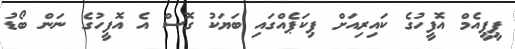
ޕީޕީއެމް އޮފީހުގެ ކައިރިއަށް ޕިކަޕެއްގައި ބަޔަކު ގޮސް އެ އޮފީހުގެ ނަން ބޯޑު